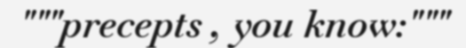
"""precepts , you know:"""